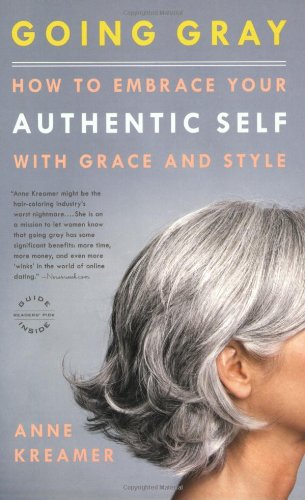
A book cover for Going Gray: How to Embrace Your Authentic Self with Grace and Style; Anne Kreamer; Health, Fitness & Dieting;